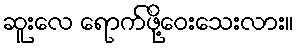
ဆူးလေ ရောက်ဖို့ဝေးသေးလား။